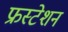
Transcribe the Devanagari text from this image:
फ्रस्टेशन